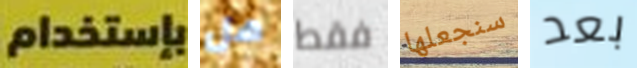
بإستخدام هل فقط سنجعلها بعد